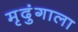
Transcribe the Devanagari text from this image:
मृदुंगाला